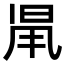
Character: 𣆨